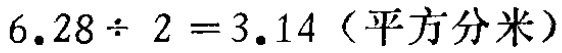
\(6.28\div 2 = 3.14\)（平方分米）